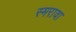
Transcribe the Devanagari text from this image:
स्मरावा